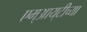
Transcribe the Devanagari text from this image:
एम्‌आय्‌टीच्या